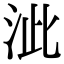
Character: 泚